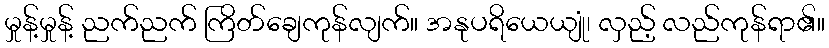
မှုန့်မှုန့် ညက်ညက် ကြိတ်ချေကုန်လျက်။ အနုပရိယေယျုံ၊ လှည့် လည်ကုန်ရာ၏။